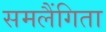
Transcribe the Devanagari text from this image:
समलैंगिता